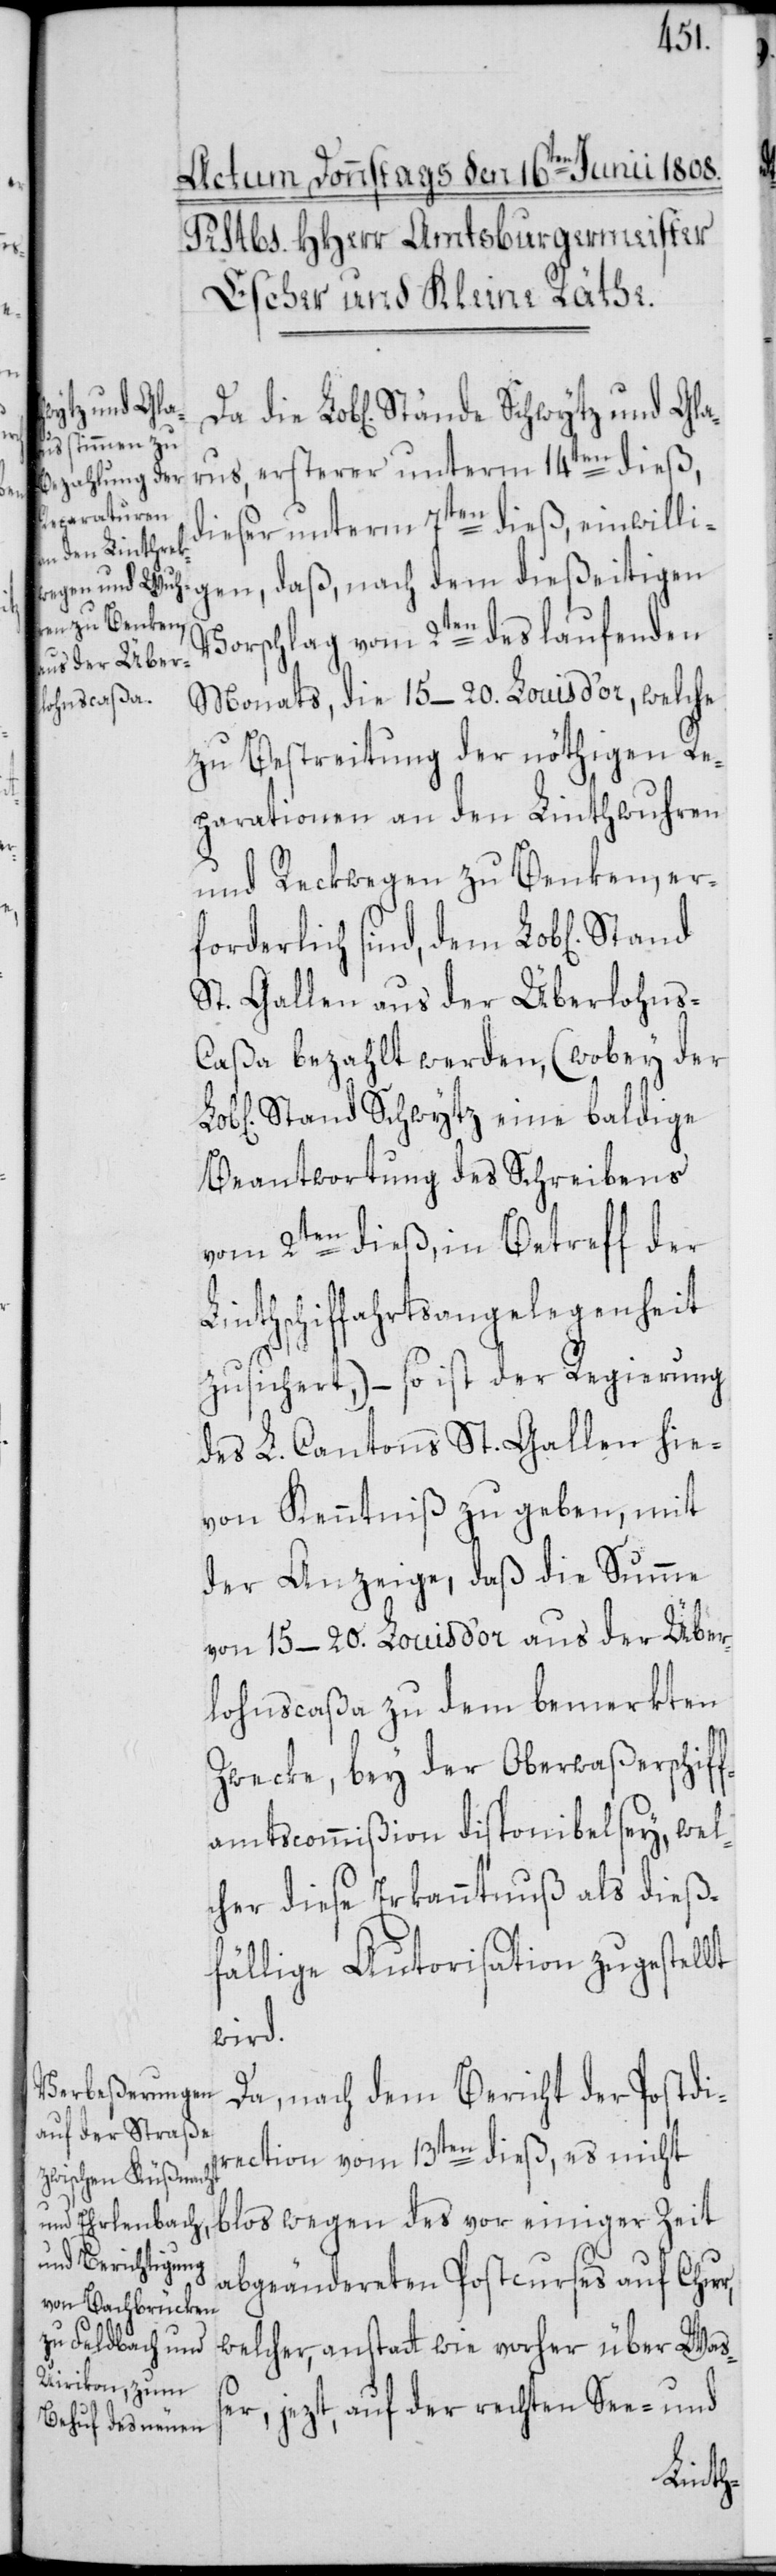
Sch¬
wytz und Gla¬
rus, ersterer unterm 14ten dieß,
dieser unterm 7ten dieß, einwillig¬
Vorschlag vom 2ten des laufenden
Monats, die 15–20. Louis d’or, welche
zu Bestreitung der nöthigen Re¬
parationen an den Linthwuhren
und Reckwegen zu Benken, er¬
forderlich sind, dem Lob[lichen]
St. Gallen aus der Überlohns-C¬
aßa bezahlt werden, (wobey der
Stand Schwytz eine baldige
Beantwortung des Schreibens
vom 2ten dieß, in Betreff der
Linthschiffahrtsangelegenheit
zusichert,) – so ist der Regierung
des L. Cantons St. Gallen hie¬
von Kenntniß zu geben, mit
der Anzeige, daß die Summe
von 15–20. Louis d’or aus der Über¬
lohnscaßa zu dem bemerkten
Zwecke, bey der Oberwaßerschif¬
famtscommißion disponibel sey, wel¬
cher diese Erkanntnuß als dieß¬
fällige Autorisation zugestellt
wird.
Da, nach dem Bericht der Postdi¬
rection vom 13ten dieß, es nicht
en,
blos wegen des vor einiger Zeit
abgeändereten Postcurses auf Chur,
welcher, anstatt wie vorher über Waß¬
er, jezt, auf der rechten See- und